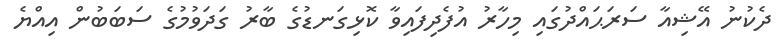
ދެކުނު އޭޝިއާ ސަރަޙައްދުގައި މިހާރު އުފެދިފައިވާ ކޮޅިގަނޑުގެ ބާރު ގަދަވުމުގެ ސަބަބުން އިއްޔެ